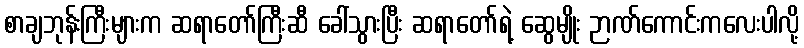
စာချဘုန်းကြီးများက ဆရာတော်ကြီးဆီ ခေါ်သွားပြီး ဆရာတော်ရဲ့ ဆွေမျိုး ဉာဏ်ကောင်းကလေးပါလို့